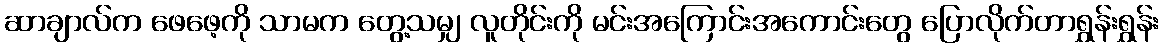
ဆာချာလ်က ဖေဖေ့ကို သာမက တွေ့သမျှ လူတိုင်းကို မင်းအကြောင်းအကောင်းတွေ ပြောလိုက်တာရွှန်းရွှန်း